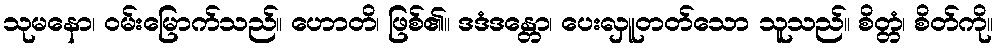
သုမနော၊ ဝမ်းမြောက်သည်။ ဟောတိ၊ ဖြစ်၏။ ဒဒံဒန္တော၊ ပေးလှူတတ်သော သူသည်။ စိတ္တံ၊ စိတ်ကို။